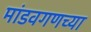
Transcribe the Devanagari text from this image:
मांडवगणच्या